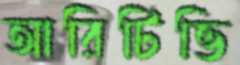
আরিটিভি